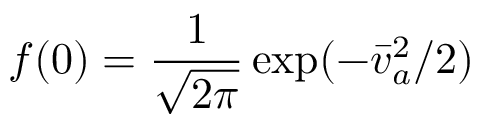
f ( 0 ) = { \frac { 1 } { \sqrt { 2 \pi } } } \exp ( - \bar { v } _ { a } ^ { 2 } / 2 )